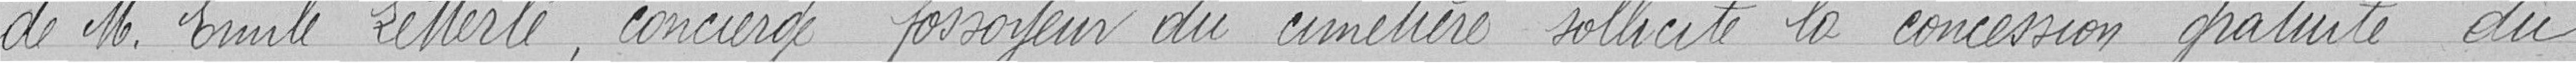
de Monsieur Emile Letterlé, concierge fossoyeur du cimetière sollicite la concession gratuite du